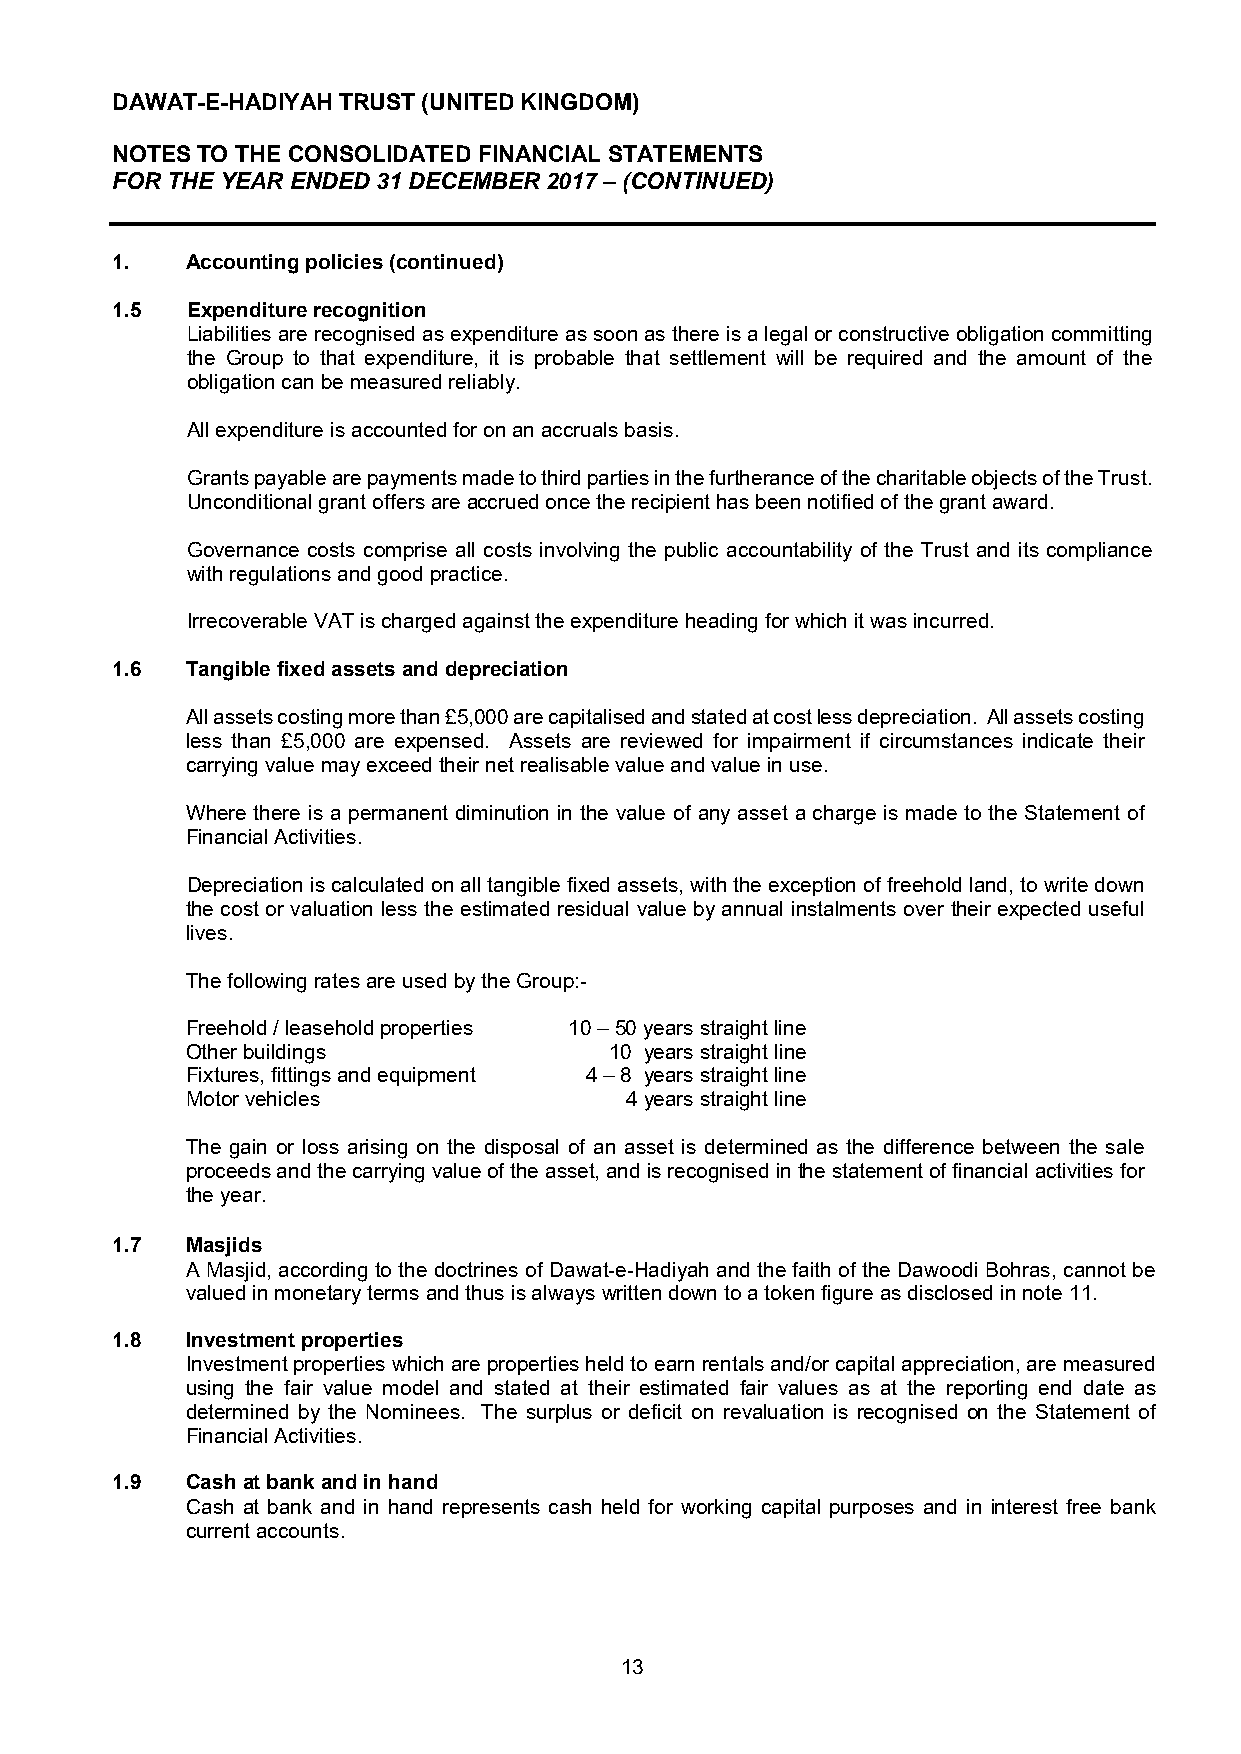
DAWAT-E-HADIYAH TRUST (UNITED KINGDOM)
 NOTES TO THE CONSOLIDATED FINANCIAL STATEMENTS
 FOR THE YEAR ENDED 31 DECEMBER 2017 – (CONTINUED)
 1.   Accounting policies (continued)
 1.5  Expenditure recognition
 Liabilities are recognised as expenditure as soon as there is a legal or constructive obligation committing
 the Group to that expenditure, it is probable that settlement will be required and the amount of the
 obligation can be measured reliably.
 All expenditure is accounted for on an accruals basis.
 Grants payable are payments made to third parties in the furtherance of the charitable objects of the Trust.
 Unconditional grant offers are accrued once the recipient has been notified of the grant award.
 Governance costs comprise all costs involving the public accountability of the Trust and its compliance
 with regulations and good practice.
 Irrecoverable VAT is charged against the expenditure heading for which it was incurred.
 1.6  Tangible fixed assets and depreciation
 All assets costing more than £5,000 are capitalised and stated at cost less depreciation. All assets costing
 less than £5,000 are expensed. Assets are reviewed for impairment if circumstances indicate their
 carrying value may exceed their net realisable value and value in use.
 Where there is a permanent diminution in the value of any asset a charge is made to the Statement of
 Financial Activities.
 Depreciation is calculated on all tangible fixed assets, with the exception of freehold land, to write down
 the cost or valuation less the estimated residual value by annual instalments over their expected useful
 lives.
 The following rates are used by the Group:-
 Freehold / leasehold properties 10 – 50 years straight line
 Other buildings             10 years straight line
 Fixtures, fittings and equipment 4 – 8 years straight line
 Motor vehicles               4 years straight line
 The gain or loss arising on the disposal of an asset is determined as the difference between the sale
 proceeds and the carrying value of the asset, and is recognised in the statement of financial activities for
 the year.
 1.7  Masjids
 A Masjid, according to the doctrines of Dawat-e-Hadiyah and the faith of the Dawoodi Bohras, cannot be
 valued in monetary terms and thus is always written down to a token figure as disclosed in note 11.
 1.8  Investment properties
 Investment properties which are properties held to earn rentals and/or capital appreciation, are measured
 using the fair value model and stated at their estimated fair values as at the reporting end date as
 determined by the Nominees. The surplus or deficit on revaluation is recognised on the Statement of
 Financial Activities.
 1.9  Cash at bank and in hand
 Cash at bank and in hand represents cash held for working capital purposes and in interest free bank
 current accounts.
 13